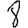
Digit: 8